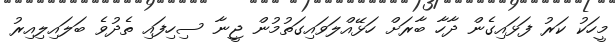
މީހަކު ކަރު ފަޅައިގެން ދާހާ ބާރަށް ހަޅޭއްލަވައިގަތުމުން ޖީނާ ސިހިފައި ތެދުވެ ބަލައިލިއިރު